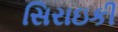
સિરાઇકી